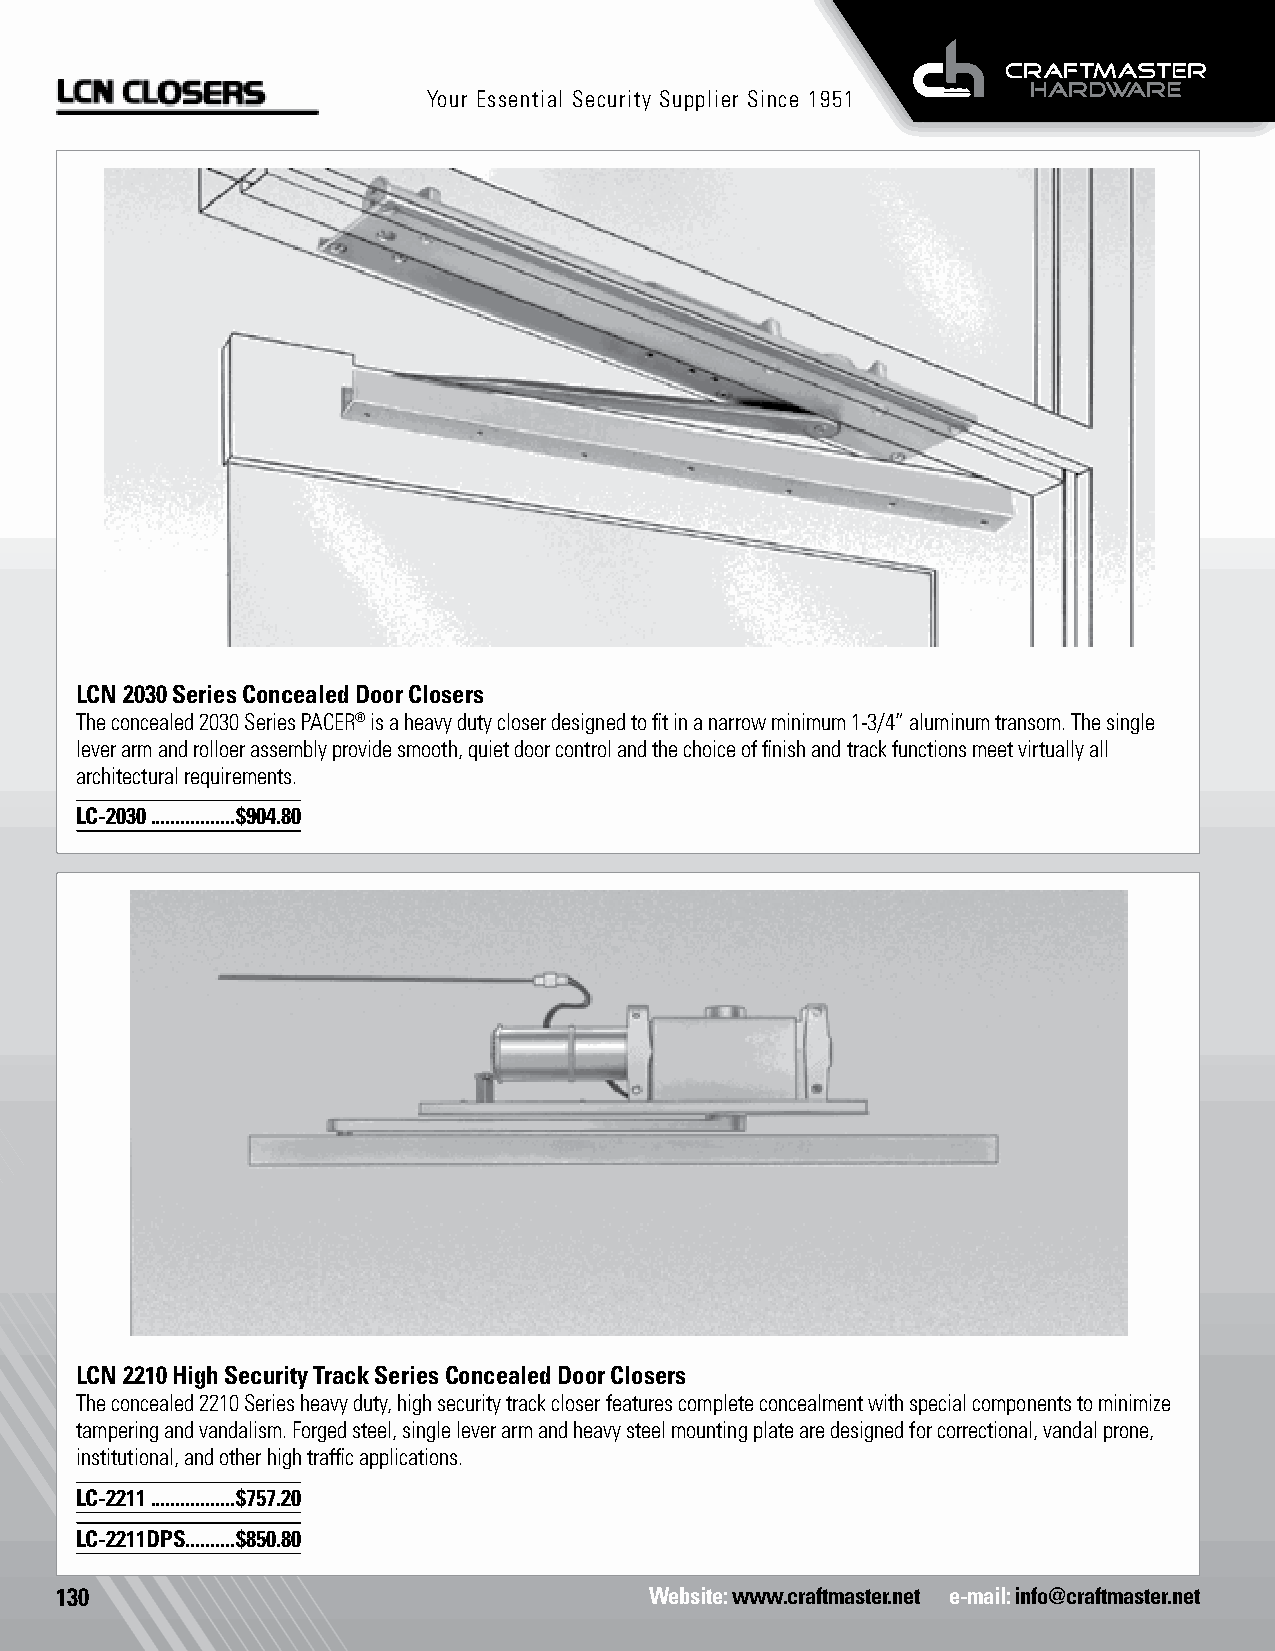
Your Essential Security Supplier Since 1951
 LCN 2030 Series Concealed Door Closers
 The concealed 2030 Series PACER® is a heavy duty closer designed to fit in a narrow minimum 1-3/4” aluminum transom. The single
 lever arm and rolloer assembly provide smooth, quiet door control and the choice of finish and track functions meet virtually all
 architectural requirements.
 LC-2030 .................$904.80
 LCN 2210 High Security Track Series Concealed Door Closers
 The concealed 2210 Series heavy duty, high security track closer features complete concealment with special components to minimize
 tampering and vandalism. Forged steel, single lever arm and heavy steel mounting plate are designed for correctional, vandal prone,
 institutional, and other high traffic applications. Door Release
 LC-2211 .................$757.20
 LC-2211DPS..........$850.80
 130                                    Website: www.craftmaster.net e-mail: info@craftmaster.net